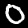
Label: 0